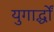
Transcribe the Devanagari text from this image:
युगार्द्धों